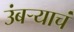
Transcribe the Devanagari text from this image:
उंबऱ्याचं